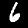
Label: 6